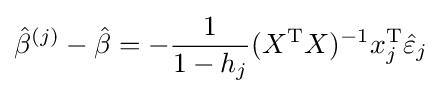
{\hat {\beta }}^{(j)}-{\hat {\beta }}=-{\frac {1}{1-h_{j}}}(X^{\mathrm {T} }X)^{-1}x_{j}^{\mathrm {T} }{\hat {\varepsilon }}_{j}